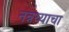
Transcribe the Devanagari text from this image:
नन्नय्याचा